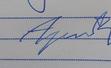
Signature authenticity: forged